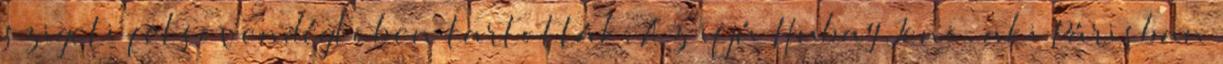
szigeti felsõvendéglõben tartották. Az ifjú Hubay Jenõ, aki Párisban